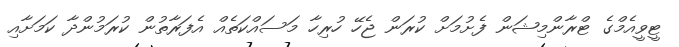
ޓީވީއެމްގެ ޓްރާންމިޝަން ފެށުމަށް ކުރަން ޖެހޭ ހުރިހާ މަސައްކަތެއް އެފަރާތުން ކުރަމުންދާ ކަމަށާއި